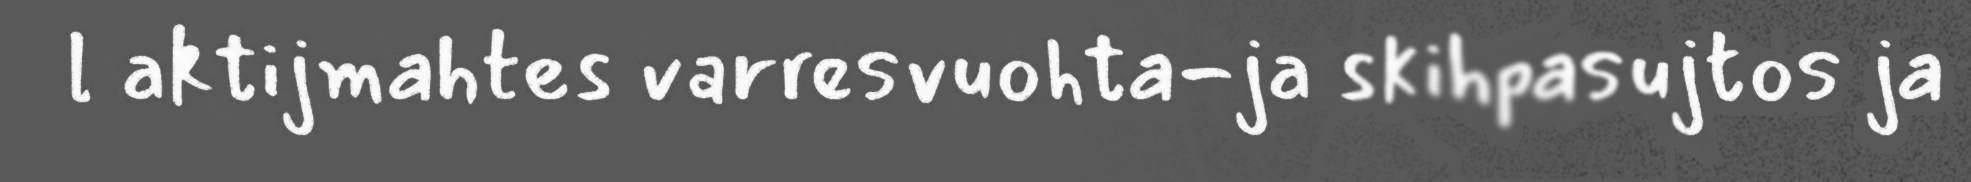
l aktijmahtes varresvuohta-ja skihpasujtos ja